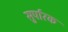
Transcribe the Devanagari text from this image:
सुर्पारक